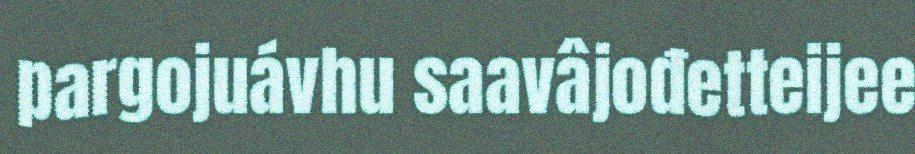
pargojuávhu saavâjođetteijee